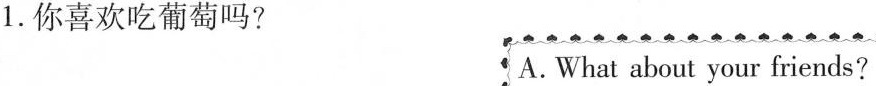
1.你喜欢吃葡萄吗? A. What about your friends?